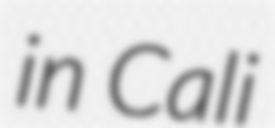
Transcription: in Cali